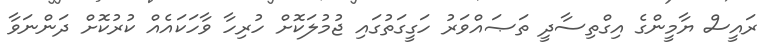
ރައީސް ޔާމީންގެ އިގްތިސާދީ ތަޞައްވަރު ހަގީގަތުގައި ޖުމުލަކޮށް ހުރިހާ ވާހަކައެއް ކުރުކޮށް ދަންނަވާ